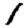
Digit: 1